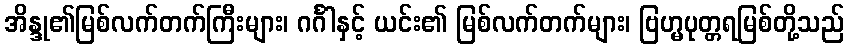
အိန္ဒု၏မြစ်လက်တက်ကြီးများ၊ ဂင်္ဂါနှင့် ယင်း၏ မြစ်လက်တက်များ၊ ဗြဟ္မပုတ္တရမြစ်တို့သည်